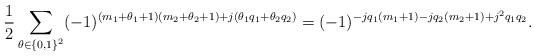
LaTeX: \begin{align*} \frac{1}{2} \sum_{\theta \in \{0,1\}^2} (-1)^{ (m_1+\theta_1+1)(m_2+\theta_2+1) + j ( \theta_1 q_1 + \theta_2 q_2 ) } = (-1)^{ - j q_1(m_1+1) - jq_2(m_2+1) + j^2q_1q_2}.\end{align*}